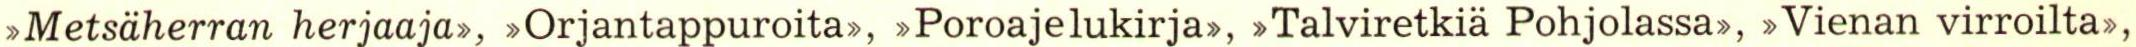
>Metsäherran herjaaja>, >Orjantappuroita>, >Poroajelukirja>, >Talviretkiä Pohjolassa>, >Vienan virroilta>,